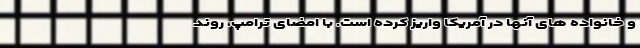
و خانواده های آنها در آمریکا واریز کرده است. با امضای ترامپ، روند